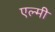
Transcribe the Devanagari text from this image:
एल्मी